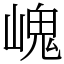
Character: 㟴